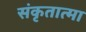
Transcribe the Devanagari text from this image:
संकृतात्मा